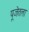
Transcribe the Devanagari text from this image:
पूजेतला